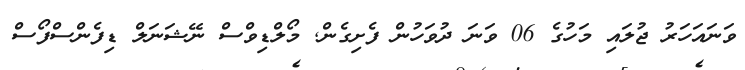
ވަނައަހަރު ޖުލައި މަހުގެ 06 ވަނަ ދުވަހުން ފެށިގެން